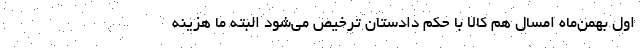
اول بهمن‌ماه امسال هم کالا با حکم دادستان ترخیص می‌شود البته ما هزینه